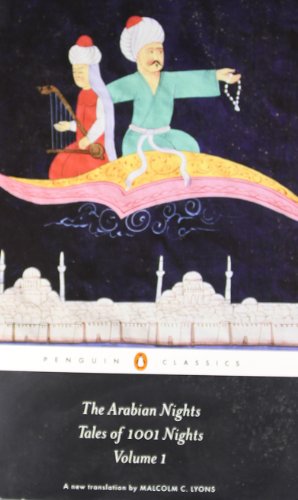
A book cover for The Arabian Nights: Tales of 1,001 Nights: Volume 1 (Penguin Classics); Anonymous; Literature & Fiction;